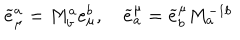
\widetilde { e } _ { \mu } ^ { a } = M _ { b } ^ { a } e _ { \mu } ^ { b } , \quad \widetilde { e } _ { a } ^ { \mu } = \widetilde { e } _ { b } ^ { \mu } M _ { a } ^ { - 1 b }